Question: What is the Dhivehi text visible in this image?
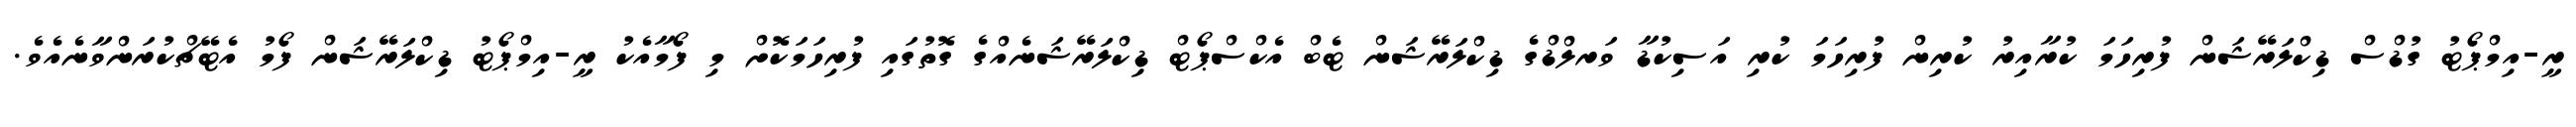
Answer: ރީ-އިމްޕޯޓު ގުޑްސް ޑިކްލަރޭޝަން ފުރިހަމަ ކުރާއިރު ކުރިން ފުރިހަމަ ކުރި އަސިކުޑާ ވަރލްޑްގެ ޑިކްލަރޭޝަން ޓެބް އެކްސްޕޯޓް ޑިކްލަރޭޝަނެއްގެ ގޮތުގައި ފުރިހަމަކޮށް މި ފޯމާއެކު ރީ-އިމްޕޯޓު ޑިކްލަރޭޝަން ފޯމު އެޓޭޗްކުރަންވާނެއެވެ.